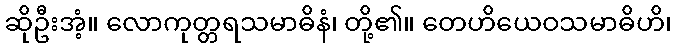
ဆိုဦးအံ့။ လောကုတ္တရသမာဓိနံ၊ တို့၏။ တေဟိယေဝသမာဓိဟိ၊